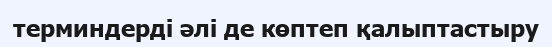
терминдерді әлі де көптеп қалыптастыру